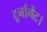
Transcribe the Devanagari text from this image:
टूर्नामेंट।